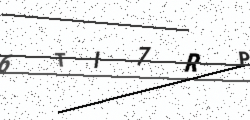
Text: 6TI7RP